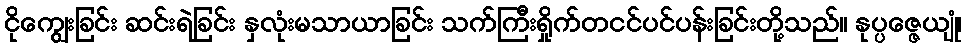
ငိုကျွေးခြင်း ဆင်းရဲခြင်း နှလုံးမသာယာခြင်း သက်ကြီးရှိုက်တငင်ပင်ပန်းခြင်းတို့သည်။ နုပ္ပဇ္ဇေယျုံ၊